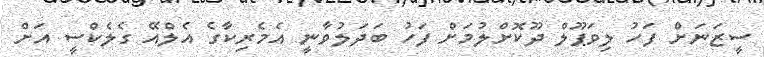
ސީޒަނަށް ފަހު ލިވަޕޫލް ދޫކޮށްލުމަށް ފަހު ބަދަލުވާނީ އެމެރިކާގެ އެލްއޭ ގެލެކްސީ އަށް